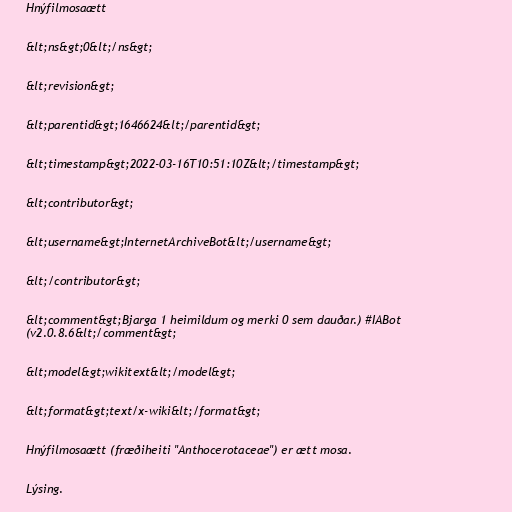
Hnýfilmosaætt

&lt;ns&gt;0&lt;/ns&gt;

&lt;revision&gt;

&lt;parentid&gt;1646624&lt;/parentid&gt;

&lt;timestamp&gt;2022-03-16T10:51:10Z&lt;/timestamp&gt;

&lt;contributor&gt;

&lt;username&gt;InternetArchiveBot&lt;/username&gt;

&lt;/contributor&gt;

&lt;comment&gt;Bjarga 1 heimildum og merki 0 sem dauðar.) #IABot
(v2.0.8.6&lt;/comment&gt;

&lt;model&gt;wikitext&lt;/model&gt;

&lt;format&gt;text/x-wiki&lt;/format&gt;

Hnýfilmosaætt (fræðiheiti "Anthocerotaceae") er ætt mosa.

Lýsing.